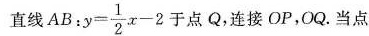
直线AB： $$y = \frac { 1 } { 2 } x - 2$$于点Q，连接OP，OQ.当点